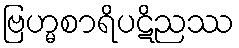
ဗြဟ္မစာရိပဋိညဿ